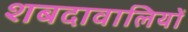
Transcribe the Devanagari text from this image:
शबदावालियों